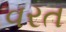
વરત